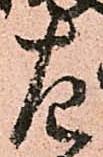
左